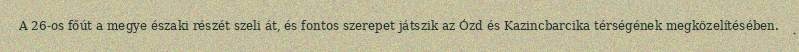
A 26-os főút a megye északi részét szeli át, és fontos szerepet játszik az Ózd és Kazincbarcika térségének megközelítésében.